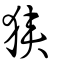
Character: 狹